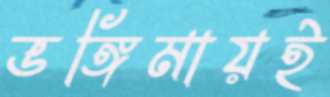
ভঙ্গিমায়ই